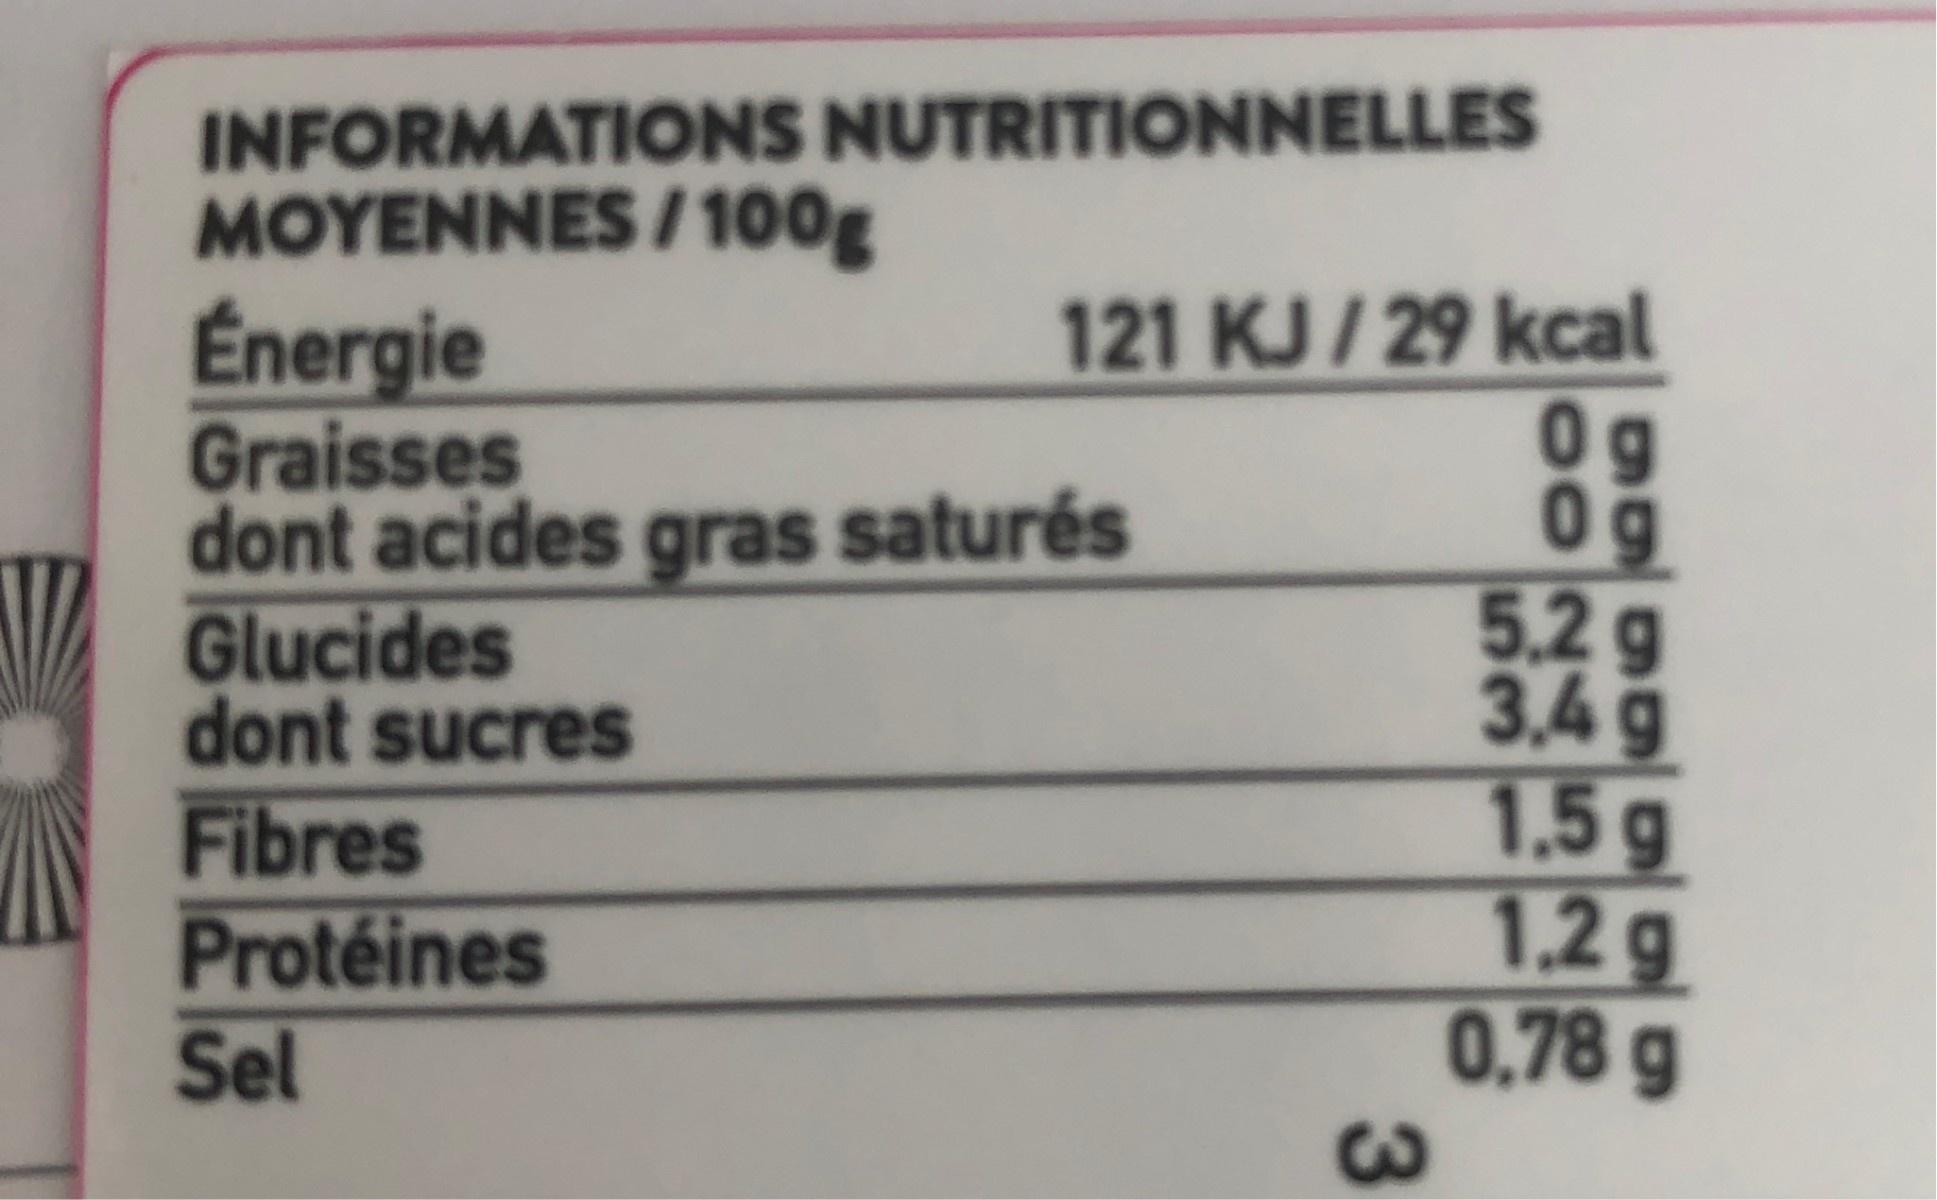
INFORMATIONS NUTRITIONNELLES MOYENNES / 100g Énergie Graisses dont acides gras saturés Glucides dont sucres
121 KJ/29 kcal 0g 0g 5.2g 3.4g 1.5g 1.2g 0.78g
Fibres Protéines
Sel
3